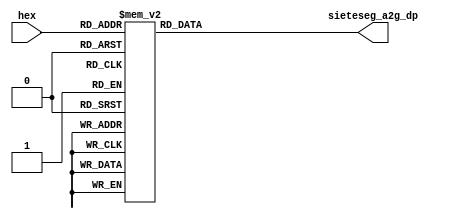
`timescale 1ns / 1ps
//////////////////////////////////////////////////////////////////////////////////
// Company: 
// Engineer: 
// 
// Design Name: 
// Module Name:    conv_hex_7seg
// Project Name: 
// Target Devices: 
// Tool versions: 
// Description: 
//
// Dependencies: 
//
// Revision: 
// Revision 0.01 - File Created
// Additional Comments: 
//
//////////////////////////////////////////////////////////////////////////////////
module conv_hex_7seg(
    input [3:0] hex,
    output reg [7:0] sieteseg_a2g_dp
    );
	 
	 always @(*) begin
		 case (hex)
					4'b0000: sieteseg_a2g_dp=8'b0000_0011;
					4'd1: sieteseg_a2g_dp=8'b1001_1111;
					4'd2: sieteseg_a2g_dp=8'b0010_0101;
					4'd3: sieteseg_a2g_dp=8'b0000_1101;
					4'd4: sieteseg_a2g_dp=8'b1001_1001;
					4'd5: sieteseg_a2g_dp=8'b0100_1001;
					4'd6: sieteseg_a2g_dp=8'b1100_0001;
					4'd7: sieteseg_a2g_dp=8'b0001_1111;
					4'd8: sieteseg_a2g_dp=8'b0000_0001;
					4'd9: sieteseg_a2g_dp=8'b0001_1001;
					
					4'ha: sieteseg_a2g_dp=8'b0001_0001;
					4'hb: sieteseg_a2g_dp=8'b1100_0001;
					4'hc: sieteseg_a2g_dp=8'b0110_0011;
					4'hd: sieteseg_a2g_dp=8'b1000_0101;
					4'he: sieteseg_a2g_dp=8'b0110_0001;
					4'hf: sieteseg_a2g_dp=8'b0111_0001;
					default: sieteseg_a2g_dp=8'hff;
		 endcase
    end
 
endmodule